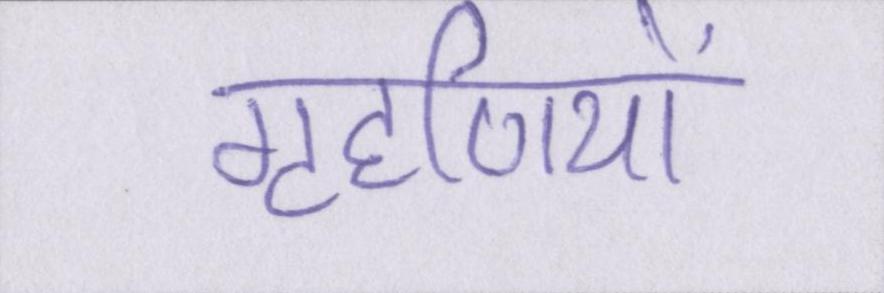
गृहणियों